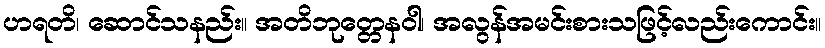
ဟရတိ၊ ဆောင်သနည်း။ အတိဘုတ္တေနဝါ၊ အလွန်အမင်းစားသဖြင့်လည်းကောင်း။